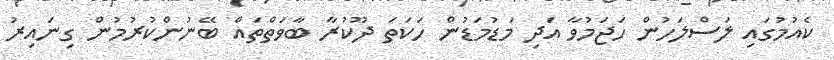
ކެއުމުގައި ލަސްލަހުން ހަޖަމުވާ އަދި މަޑުމަޑުން ހަކަތަ ދޫކުރާ ބާވަތްތައް ބޭނުންކުރުމުން ގިނައިރު